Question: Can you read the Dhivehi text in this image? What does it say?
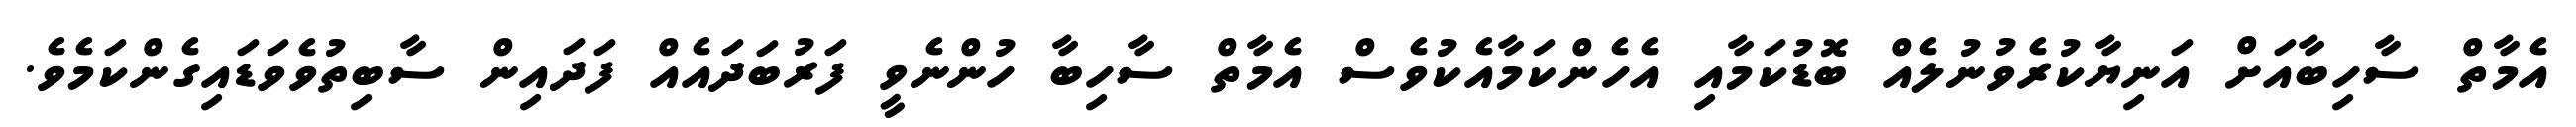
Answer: އެމާތް ސާހިބާއަށް އަނިޔާކުރެވުނުލެއް ބޮޑުކަމާއި އެހެންކަމާއެކުވެސް އެމާތް ސާހިބާ ހުންނެވީ ފަރުބަދައެއް ފަދައިން ސާބިތުވެވަޑައިގެންކަމެވެ.